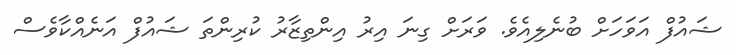
ޝައުފް އަވަހަށް ބުނެލިއެވެ. ވަރަށް ގިނަ އިރު އިންތިޒާރު ކުރިންތަ ޝައުފް އަނެއްކާވެސް